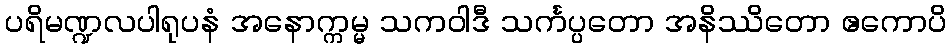
ပရိမဏ္ဍလပါရုပနံ အနောက္ကမ္မ သကဝါဒီ သင်္ကပ္ပတော အနိဿိတော ဧကောပိ